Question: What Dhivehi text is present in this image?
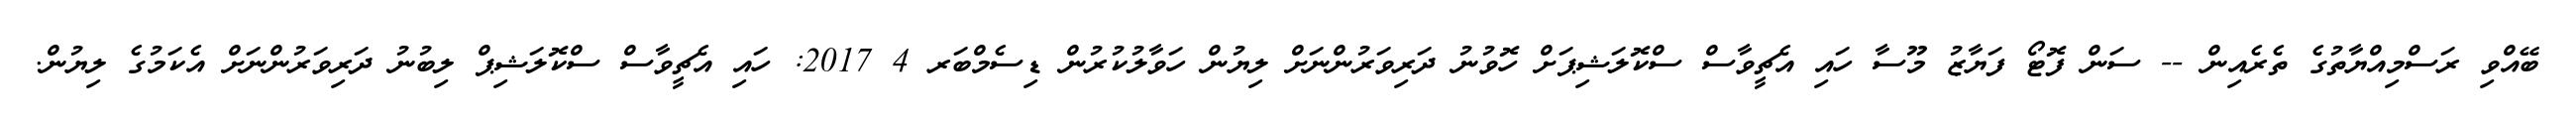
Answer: ބޭއްވި ރަސްމިއްޔާތުގެ ތެރެއިން -- ސަން ފޮޓޯ ފަޔާޒު މޫސާ ހައި އެޗީވާސް ސްކޮލަޝިޕަށް ހޮވުނު ދަރިވަރުންނަށް ލިޔުން ހަވާލުކުރުން ޑިސެމްބަރ 4 2017: ހައި އެޗީވާސް ސްކޮލަޝިޕް ލިބުނު ދަރިވަރުންނަށް އެކަމުގެ ލިޔުން.